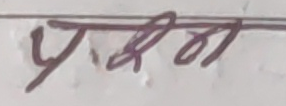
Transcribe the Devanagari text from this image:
प्रथम